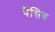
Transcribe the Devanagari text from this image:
पैंसिव